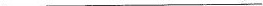
___